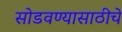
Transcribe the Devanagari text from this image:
सोडवण्यासाठीचे